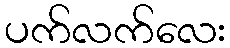
ပက်လက်လေး